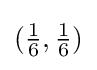
({\tfrac {1}{6}},{\tfrac {1}{6}})